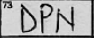
Transcription: DPN